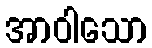
အာဝါသော